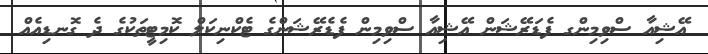
އޭޝިއާ ސްވިމިންގ ފެޑަރޭޝަން އޭޝިއާ ސްވިމިން ފެޑެރޭޝަންގެ ޓެކްނިކަލް ކޮމިޓީތަކުގެ ދެ ގޮނޑިއެއް